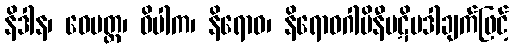
နိဒါန၊ ဝေမတ္တ၊ ဝိပါက၊ နိရောဓ၊ နိရောဓဂါမိနီပဋိပဒါချက်ဖြင့်